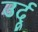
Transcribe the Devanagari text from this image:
उर्दूू